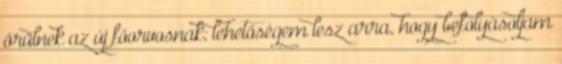
örülnek az új főorvosnak; lehetőségem lesz arra, hogy befolyásoljam